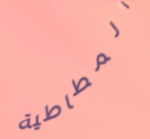
المطاطية